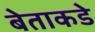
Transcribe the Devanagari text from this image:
बेताकडे